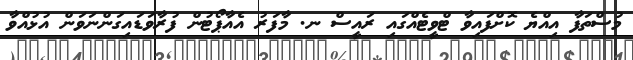
މުސްތަފާ އިއްޔެ ކޮށްފައިވާ ޓްވީޓެއްގައި ރައީސް ނ. މާފަރު އެއާޕޯޓުން ފުރާވަޑައިގަންނަވަން އުޅުއްވާ